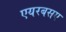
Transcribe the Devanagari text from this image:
एयरबसए